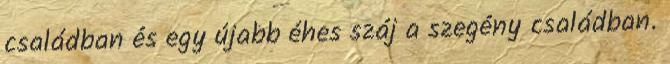
családban és egy újabb éhes száj a szegény családban.